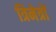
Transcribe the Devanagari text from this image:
त्रिनेत्रों